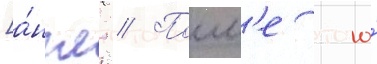
[а́нгл. // Посл'е того́